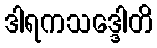
ဒါရကသဒ္ဒေါတိ